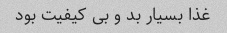
غذا بسیار بد و بی کیفیت بود